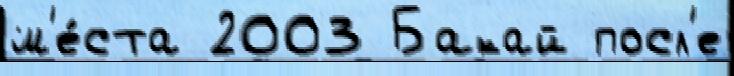
м'е́ста 2003 Бакай посл'е